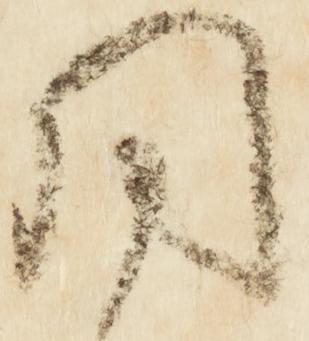
同